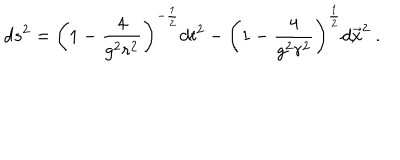
LaTeX: d s ^ { 2 } = \left( 1 - { \frac { 4 } { g ^ { 2 } r ^ { 2 } } } \right) ^ { - { \frac { 1 } { 2 } } } d t ^ { 2 } - \left( 1 - { \frac { 4 } { g ^ { 2 } r ^ { 2 } } } \right) ^ { \frac { 1 } { 2 } } d \vec { x } ^ { 2 } \ .